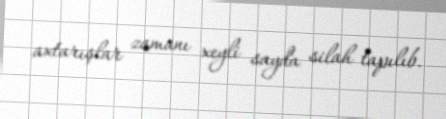
axtarışlar zamanı xeyli sayda silah tapılıb.